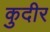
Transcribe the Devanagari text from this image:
कुदीर